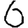
Digit: 6